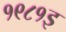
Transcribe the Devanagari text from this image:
१९८१इ